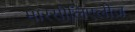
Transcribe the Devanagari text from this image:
मारसीलिएलीज़